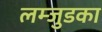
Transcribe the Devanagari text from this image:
लम्जुडका